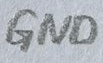
Text: GND